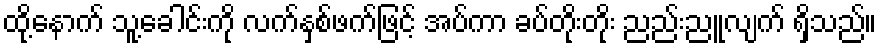
ထို့နောက် သူ့ခေါင်းကို လက်နှစ်ဖက်ဖြင့် အပ်ကာ ခပ်တိုးတိုး ညည်းညူလျက် ရှိသည်။